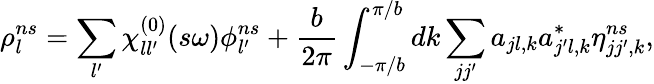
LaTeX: \rho_{l}^{ns}=\sum_{l^{\prime}}\chi_{ll^{\prime}}^{(0)}(s\omega)\phi_{l^{\prime}}^{ns}+\frac{b}{2\pi}\int_{-\pi/b}^{\pi/b}dk\sum_{jj^{\prime}}a_{jl,k}a_{j^{\prime}l,k}^{*}\eta_{jj^{\prime},k}^{ns},